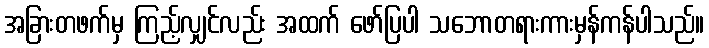
အခြားတဖက်မှ ကြည့်လျှင်လည်း အထက် ဖော်ပြပါ သဘောတရားကားမှန်ကန်ပါသည်။